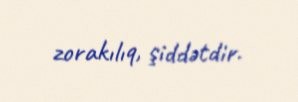
zorakılıq, şiddətdir.